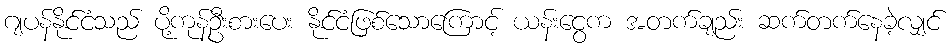
ဂျပန်နိုင်ငံသည် ပို့ကုန်ဦးစားပေး နိုင်ငံဖြစ်သောကြောင့် ယန်းငွေက အတက်ချည်း ဆက်တက်နေခဲ့လျှင်